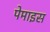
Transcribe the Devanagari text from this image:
पेमाइस